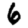
Digit: 6